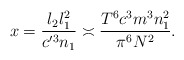
\begin{align*}x = \frac{l_2 l_1^2}{c'^3 n_1} \asymp \frac{T^6 c^3 m^3 n_1^2}{ \pi^6 N^2}. \end{align*}